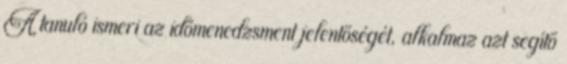
A tanuló ismeri az időmenedzsment jelentőségét, alkalmaz azt segítő